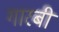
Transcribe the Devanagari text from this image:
गारबी